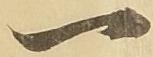
一